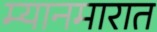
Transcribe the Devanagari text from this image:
म्यानमारात